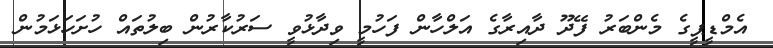
އެމްޑީޕީގެ މެންބަރު ފޭދޫ ދާއިރާގެ އަލްހާން ފަހުމީ ވިދާޅުވީ ސަރުކާރުން ބިލުތައް ހުށަހަޅަމުން